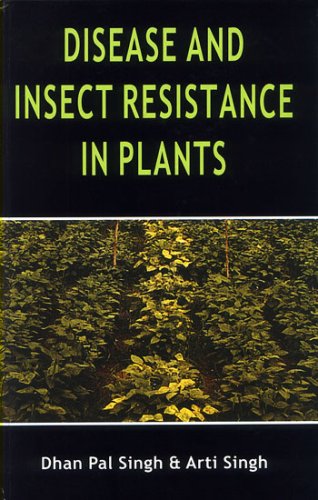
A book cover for Disease And Insect Resistance in Plants; Dhan Pal Singh; Science & Math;